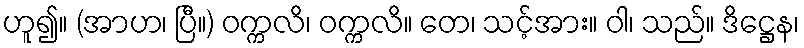
ဟူ၍။ (အာဟ၊ ပြီ။) ဝက္ကလိ၊ ဝက္ကလိ။ တေ၊ သင့်အား။ ဝါ၊ သည်။ ဒိဋ္ဌေန၊